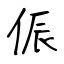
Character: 侲